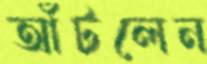
আঁটলেন